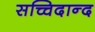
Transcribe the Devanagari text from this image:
सच्चिदान्द